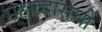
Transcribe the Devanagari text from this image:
महाव्दाराची